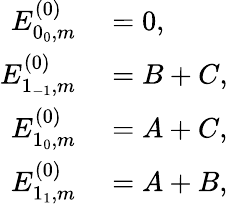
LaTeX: \begin{array}{rl}{E_{0_{0},m}^{(0)}}&{{}=0,}\\ {E_{1_{-1},m}^{(0)}}&{{}=B+C,}\\ {E_{1_{0},m}^{(0)}}&{{}=A+C,}\\ {E_{1_{1},m}^{(0)}}&{{}=A+B,}\end{array}